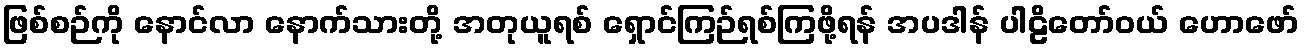
ဖြစ်စဉ်ကို နောင်လာ နောက်သားတို့ အတုယူရစ် ရှောင်ကြဉ်ရစ်ကြဖို့ရန် အပဒါန် ပါဠိတော်ဝယ် ဟောဖော်